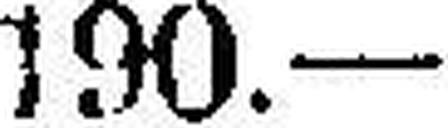
190.—